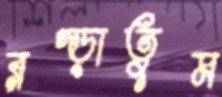
রগ্‌ড়াতুম